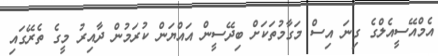
އެމްއޭސީއެލްގެ ގިނަ އިސް މަގާމުތަކަށް ބިދޭސީން އައްޔަން ކުރަމުން ދާއިރު މީގެ ތެރޭގައި